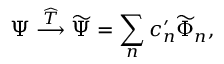
\Psi \stackrel { \widehat { \cal T } } { \longrightarrow } \widetilde \Psi = \sum _ { n } c _ { n } ^ { \prime } \widetilde \Phi _ { n } ,